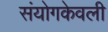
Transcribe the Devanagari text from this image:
संयोगकेवली